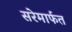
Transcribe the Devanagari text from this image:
सरेमार्फत